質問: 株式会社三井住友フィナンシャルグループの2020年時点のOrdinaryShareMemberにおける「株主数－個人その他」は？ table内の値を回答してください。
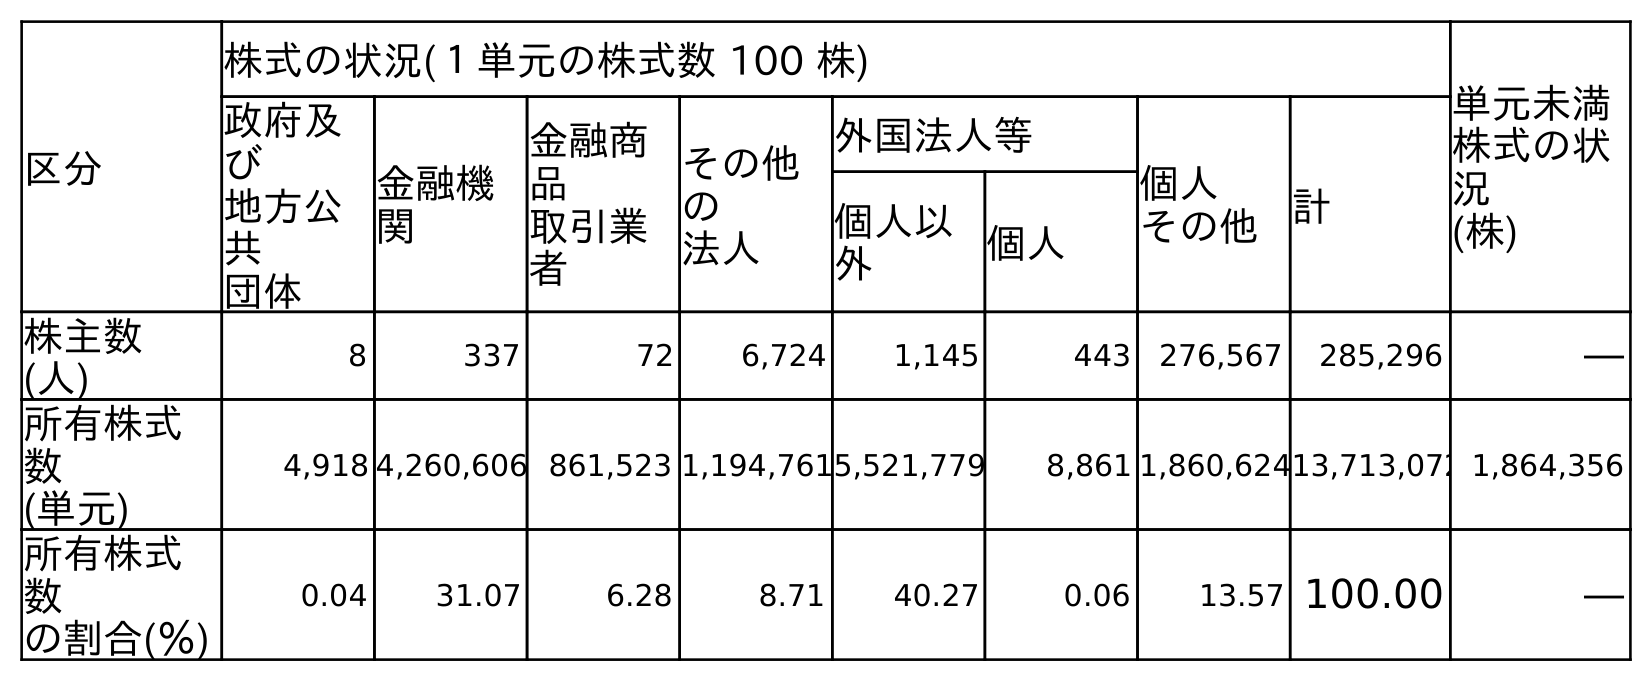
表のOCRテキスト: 区分 株式の状況(１単元の株式数 100 株) 単元未満 株式の状 況 (株) 政府及 び 地方公 共 団体 金融機 関 金融商 品 取引業 者 その他 の 法人 外国法人等 個人 その他 計 個人以 外 個人 株主数 (人) 8 337 72 6,724 1,145 443 276,567 285,296 ― 所有株式 数 (単元) 4,918 4,260,606 861,523 1,194,7615,521,779 8,861 1,860,62413,713,072 1,864,356 所有株式 数 の割合(％) 0.04 31.07 6.28 8.71 40.27 0.06 13.57 100.00 ―
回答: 276,567